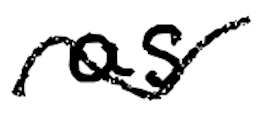
Text: as
Cross-out: wave
Writing tool: digital_black